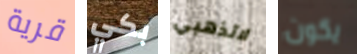
قرية بكي لاتذهبي يكون